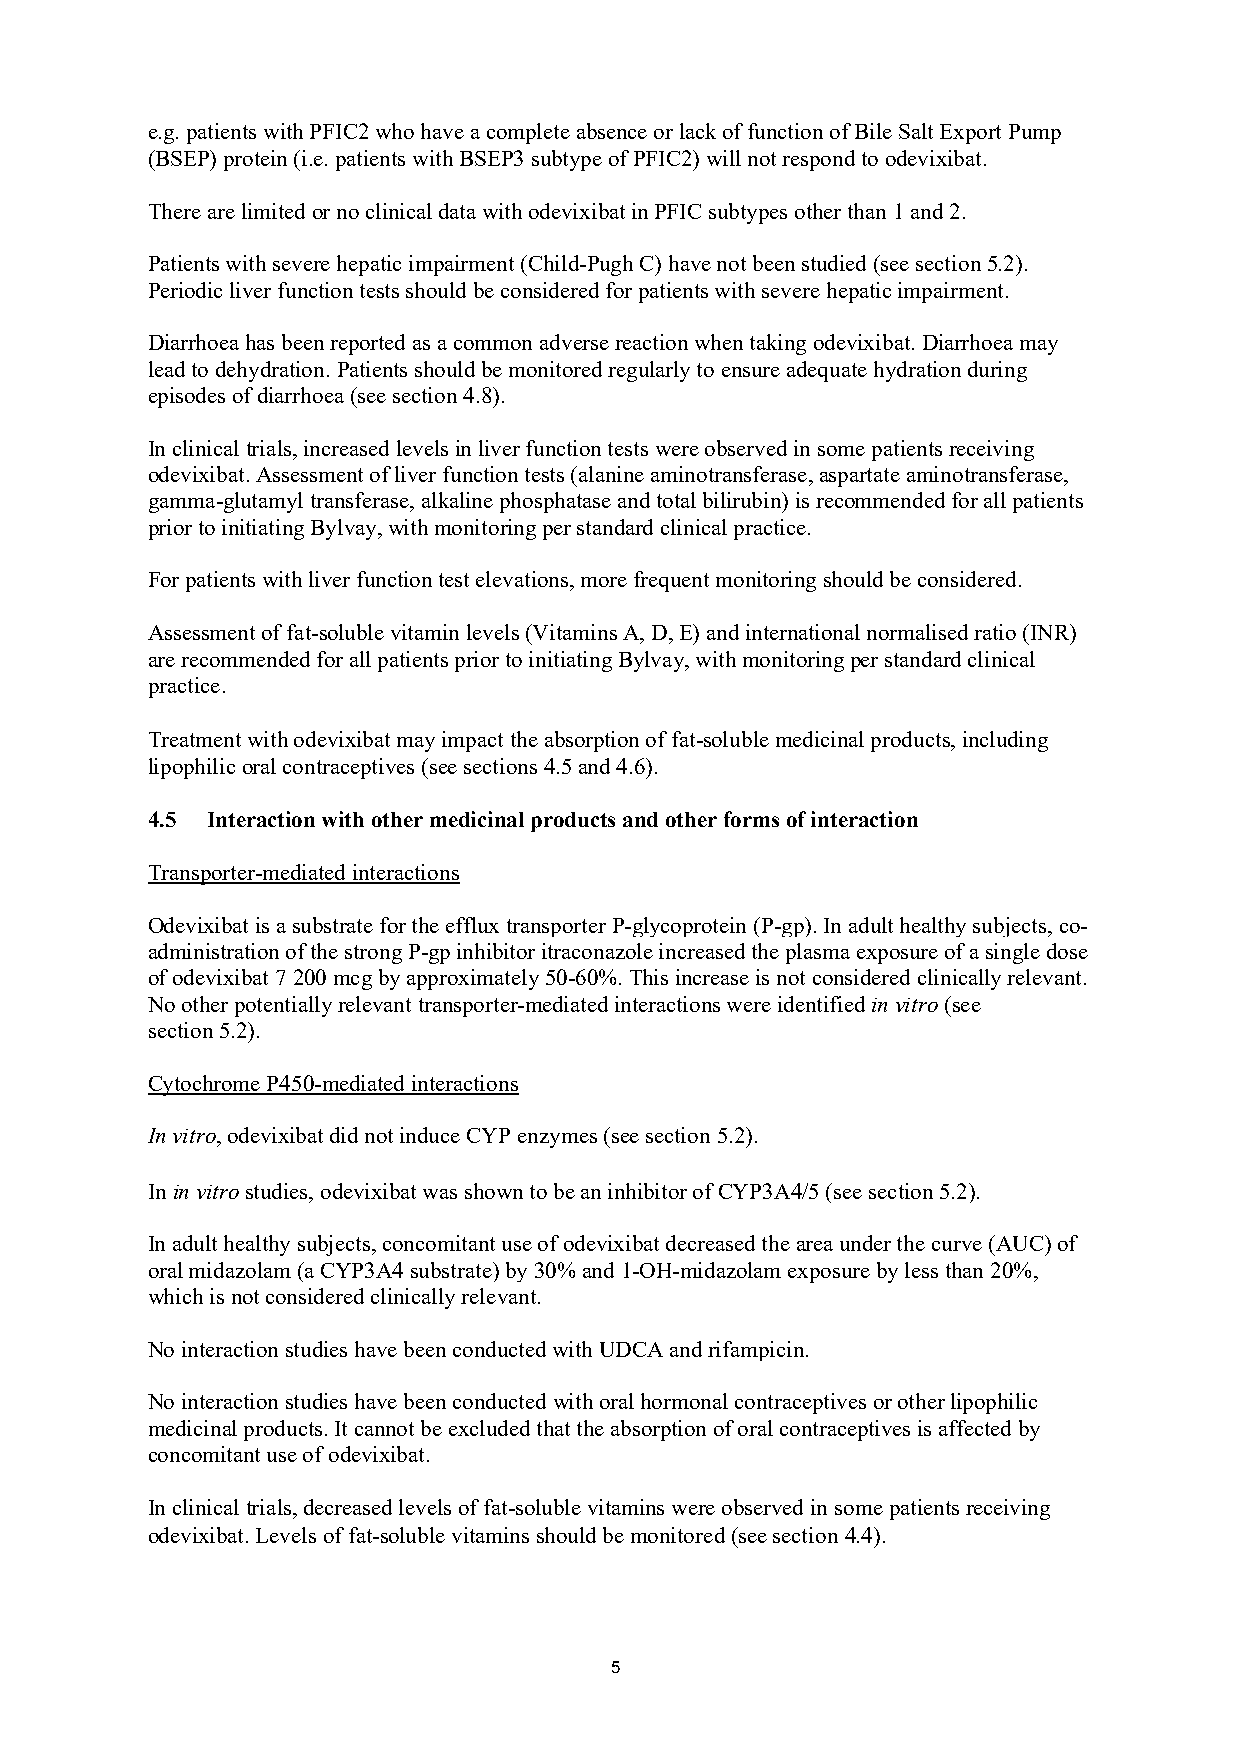
e.g. patients with PFIC2 who have a complete absence or lack of function of Bile Salt Export Pump
 (BSEP) protein (i.e. patients with BSEP3 subtype of PFIC2) will not respond to odevixibat.
 There are limited or no clinical data with odevixibat in PFIC subtypes other than 1 and 2.
 Patients with severe hepatic impairment (Child-Pugh C) have not been studied (see section 5.2).
 Periodic liver function tests should be considered for patients with severe hepatic impairment.
 Diarrhoea has been reported as a common adverse reaction when taking odevixibat. Diarrhoea may
 lead to dehydration. Patients should be monitored regularly to ensure adequate hydration during
 episodes of diarrhoea (see section 4.8).
 In clinical trials, increased levels in liver function tests were observed in some patients receiving
 odevixibat. Assessment of liver function tests (alanine aminotransferase, aspartate aminotransferase,
 gamma-glutamyl transferase, alkaline phosphatase and total bilirubin) is recommended for all patients
 prior to initiating Bylvay, with monitoring per standard clinical practice.
 For patients with liver function test elevations, more frequent monitoring should be considered.
 Assessment of fat-soluble vitamin levels (Vitamins A, D, E) and international normalised ratio (INR)
 are recommended for all patients prior to initiating Bylvay, with monitoring per standard clinical
 practice.
 Treatment with odevixibat may impact the absorption of fat-soluble medicinal products, including
 lipophilic oral contraceptives (see sections 4.5 and 4.6).
 4.5 Interaction with other medicinal products and other forms of interaction
 Transporter-mediated interactions
 Odevixibat is a substrate for the efflux transporter P-glycoprotein (P-gp). In adult healthy subjects, co-
 administration of the strong P-gp inhibitor itraconazole increased the plasma exposure of a single dose
 of odevixibat 7 200 mcg by approximately 50-60%. This increase is not considered clinically relevant.
 No other potentially relevant transporter-mediated interactions were identified in vitro (see
 section 5.2).
 Cytochrome P450-mediated interactions
 In vitro, odevixibat did not induce CYP enzymes (see section 5.2).
 In in vitro studies, odevixibat was shown to be an inhibitor of CYP3A4/5 (see section 5.2).
 In adult healthy subjects, concomitant use of odevixibat decreased the area under the curve (AUC) of
 oral midazolam (a CYP3A4 substrate) by 30% and 1-OH-midazolam exposure by less than 20%,
 which is not considered clinically relevant.
 No interaction studies have been conducted with UDCA and rifampicin.
 No interaction studies have been conducted with oral hormonal contraceptives or other lipophilic
 medicinal products. It cannot be excluded that the absorption of oral contraceptives is affected by
 concomitant use of odevixibat.
 In clinical trials, decreased levels of fat-soluble vitamins were observed in some patients receiving
 odevixibat. Levels of fat-soluble vitamins should be monitored (see section 4.4).
 5